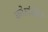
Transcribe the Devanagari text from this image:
कोलंबीचे